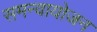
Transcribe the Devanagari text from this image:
समन्वायोजन